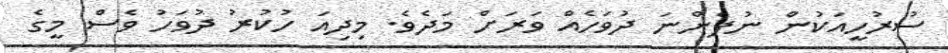
ސުރުހީއަކުން ނުފެންނަ ދުވަހެއް ވަރަށް މަދެވެ. މިދިއަ ހުކުރު ދުވަހު ވެސް މީގެ